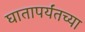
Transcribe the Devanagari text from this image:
घातापर्यंतच्या